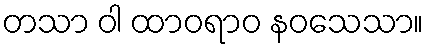
တသာ ဝါ ထာဝရာဝ နဝသေသာ။